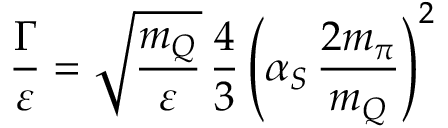
\frac { \Gamma } { \varepsilon } = \sqrt { \frac { m _ { Q } } { \varepsilon } } \, \frac { 4 } { 3 } \left( \alpha _ { S } \, \frac { 2 m _ { \pi } } { m _ { Q } } \right) ^ { 2 }